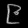
Digit: ၉